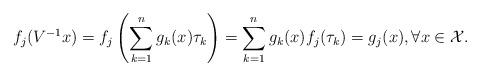
LaTeX: \begin{align*}f_j(V^{-1}x)=f_j \left(\sum_{k=1}^{n}g_k(x)\tau_k \right)=\sum_{k=1}^{n}g_k(x)f_j(\tau_k)=g_j(x), \forall x \in \mathcal{X}.\end{align*}